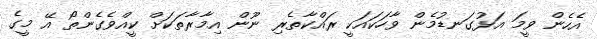
އެހެން ވީމަ އަޅުގަނޑުމެން ވާހަކައަކީ ރައްކާތެރި ނޫން އިމާރާތަކަށް ކީއްވެގެންތޯ އޭ މީގެ